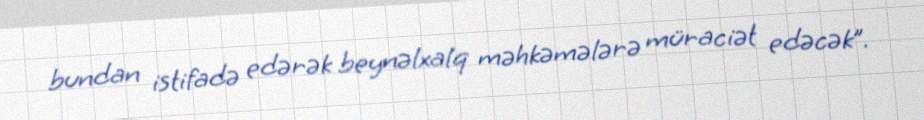
bundan istifadə edərək beynəlxalq məhkəmələrə müraciət edəcək”.